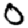
Digit: 0